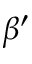
\beta ^ { \prime }